Report on vaccination in the Province of Bengal - 1869-1873
Year: 1869
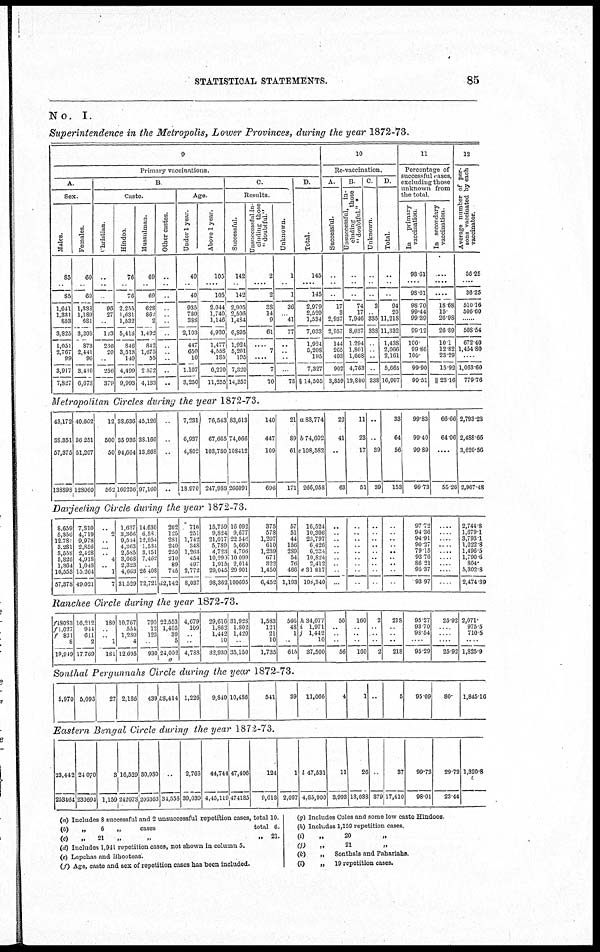
STATISTICAL STATEMENTS.
85
No.
I.
Superintendence in the Metropolis, Lower Provinces, during the year 1872-73.
9
Primary vaccinations.
A.
Sex.
Males.
85
..
85
1,641
1,331
853
3,825
1,051
2,767
99
3,917
7,827
Females.
60
..
60
1,838
1,189
681
3,208
873
2,441
96
3,410
6,678
B
Casta.
Christian
..
..
..
96
27
..
123
236
20
..
256
379
Hindoo
76
..
76
2,255
1,631
1,532
5,418
846
3,513
140
4,499
9,993
Mussulman.
69
..
69
628
862
2
1,492
842
1,675
55
2,572
4,133
Other castes.
..
..
..
..
..
..
..
..
..
..
..
..
Age
Under 1 year.
40
..
40
935
780
388
2,103
447
650
10
1,107
3,250
Above 1 year.
105
....
105
2,044
1,740
1,146
4,930
1,477
4,558
185
6,220
11,255
C.
Results.
Successful.
142
....
142
2,905
2,506
1,484
6,895
1,924
5,201
195
7,320
14,357
Unsuccessful in-
cluding those
"doubtful."
2
....
2
38
14
9
61
...
7
....
7
70
Unknown.
1
....
1
36
.. 41
77
..
..
..
..
78
D.
Total.
145
....
145
2,979
2,520
1,534
7,033
1,924
5,208
195
7,327
§ 14,505
10
Re-vaccination.
A.
Successful.
..
..
..
17
3
2,937
2,957
144
265
493
902
3,859
B.
Unsuccessful, in-
cluding
those
"doubtful" *
..
..
..
74
17
7,946
8,037
1,294
1,801
1,668
4,763
12,800
C.
Unknown.
..
..
..
3
.. 335
338
..
..
..
..
338
D.
Total.
..
..
..
94
20
11,218
11,332
1,438
2,066
2,161
5,665
16,997
11
Percentage of
successful cases,
excluding those
unknown from
the total.
In
primary
vaccination
98.61
....
98.61
98.70
99.44
99.39
99.12
100
99.86
100
99.90
99.51
In secondary
vaccination.
...
....
....
18.68
15
26.98
26.89
10.1
12.82
23.29
15.92
|| 23.16
12
Average number of per-
sons vaccinated by each
vaccinator.
36.25
....
36.25
510.16
506.60
..
508.54
672.40
1,454.80
..
1,063.60
779.76
Metropolitan Circles during the year 1872-73.
43,172
38,351
57,375
138898
40,602
36,251
51,207
128060
12
500
50
562
38,636
35,936
94,664
169236
45,126
38,166
13,868
97,160
..
..
..
..
7,231
6,937
4,802
18,970
76,543
67,665
103,780
247,988
83,613
74,066
108412
266091
140
447
109
696
21
89
61
171
a 83,774
b 74,602
c 108,582
266,958
22
41
..
63
11
23
17
51
..
..
39
39
33
64
56
153
99.83
99.40
99.89
99.73
66.66
64.06
....
55.26
2,793.23
2,488.66
3,620.56
2,967.48
Darjeeling Circle during the year 1872-73.
8,659
5,350
12,781
3,281
3,558
5,826
1,364
16,553
57,378
7,810
4,719
9,978
2,856
2,428
4,918
1,048
15,264
49,021
..
2
..
..
.. 4
.. 1
7
1,637
3,366
9,524
4,363
2,585
3,068
2,323
4,663
31,529
14,630
6,560
12,954
1,534
3,151
7,462
.. 26,408
72,721
202
125
281
240
250
210
89
745
d 2,142
710
251
1,742
348
1,263
454
497
2,772
8,037
15,759
9,824
21,017
5,789
4,723
10,290
1,915
29,045
98,362
16,092
9,677
22,546
5,660
4,706
10,099
2,014
29,901
100695
375
578
1,207
610
1,239
671
322
1,450
6,452
57
51
44
156
289
54
76
466
1,193
16,524
10,306
23,797
6,426
6,234
10,824
2,412
e 31,817
108,340
..
..
..
..
..
..
..
..
..
..
..
..
..
..
..
..
..
..
..
..
.. ..
..
..
..
..
..
..
..
..
.. ..
..
..
..
..
97.72
94.36
94.91
90.27
79.15
93.76
86.21
95.37
93.97
..
..
.. ..
..
..
..
..
..
2,744.8
1,679.1
3,793.1
1,022.8
1,496.5
1,790.6
804.
5,302.8
2,474.89
Ranchee Circle during the year 1872-73.
18083
1,027
831
8
19,949
16,212
944
611
2
17,769
180
..
.. 1
181
10,767
554
1,280
4
12,605
795
12
123
..
930
22,553
1,405
39
5
24,002
g
4,079
109
..
..
4,788
29,616
1,862
1,442
10
32,930
31,928
1,802
1,420
..
35,150
1,583
121
21
10
1,735
566
48
1
..
615
h 34,077
i 1,971
j 1,442
10
37,500
56
..
..
..
56
160
..
..
..
160
2
..
..
..
2
218
..
..
..
218
95.27
93.70
98.54
..
95.29
25.92
..
..
..
25.92
2,071.
975.5
710.5
..
1,825.9
Sonthal Pergunnahs Circle during the year 1872-73.
5,970 5,093
27 2,186
439 h8,414 1,226
9,840 10,486
541
39
11,066
4
1
..
5
95.09
80.
1,845.16
Eastern Bengal Circle during the year 1872-73.
23,442
253464
24,070
230694
3
1,159
16,529
242078
30,980
206363
..
34,558
2,768
39,039
44,744
4,45,119
47,406
474185
124
9,618
1
2,097
i 47,531
4,85,900
11
3,993
26
13,038
..
379
37
17,410
99.73
98.01
29.72
23.44
1,320.8
(a) Includes 8 successful and 2 unsuccessful repetition cases, total 10
(b)
„
6
„
cases
total 6.
(c)
„
21
„
„
„ 21.
(d) Includes 1,941 repetition cases, not shown in column 5.
(e) Lepchas and Bhooteas.
(f) Age, caste and sex of repetition cases has been included.
(g) Includes Coles and some low caste Hindoos.
(h) Includes 1,159 repetition cases.
(i)
„
20
(j)
„
21
(k)
„
Sonthals and Pahariahs.
(l)
„
19 repetition cases.